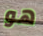
هو